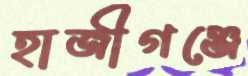
হাজীগঞ্জে